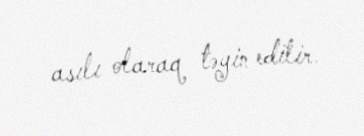
asılı olaraq təyin edilir.